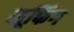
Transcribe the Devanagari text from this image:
लूफिंग